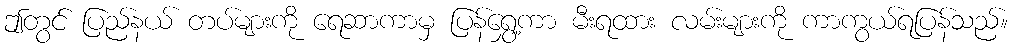
ဤတွင် ပြည်နယ် တပ်များကို ရေဆာကာမှ ပြန်ရွှေ့ကာ မီးရထား လမ်းများကို ကာကွယ်ရပြန်သည်။